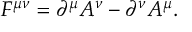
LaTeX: { \cal F } ^ { \mu \nu } = \partial ^ { \mu } A ^ { \nu } - \partial ^ { \nu } A ^ { \mu } .